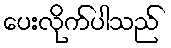
ပေးလိုက်ပါသည်